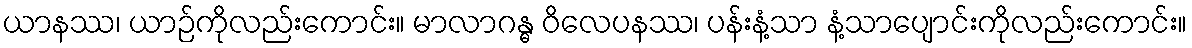
ယာနဿ၊ ယာဉ်ကိုလည်းကောင်း။ မာလာဂန္ဓ ဝိလေပနဿ၊ ပန်းနံ့သာ နံ့သာပျောင်းကိုလည်းကောင်း။